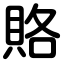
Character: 賂